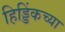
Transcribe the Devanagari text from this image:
हिड्डिंकच्या